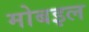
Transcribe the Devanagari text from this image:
मोबइल